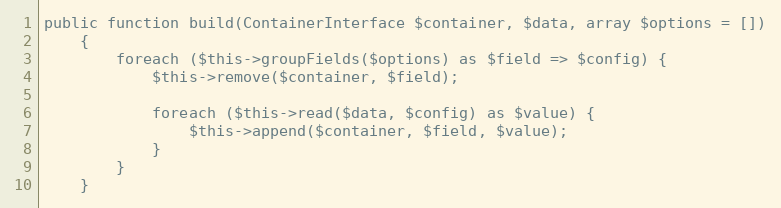
Language: PHP
public function build(ContainerInterface $container, $data, array $options = [])
    {
        foreach ($this->groupFields($options) as $field => $config) {
            $this->remove($container, $field);

            foreach ($this->read($data, $config) as $value) {
                $this->append($container, $field, $value);
            }
        }
    }